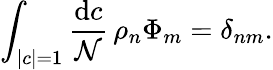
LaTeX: \int_{|c|=1}{\frac{\mathrm{d}c}{\mathcal{N}}}\, \rho_{n}\Phi_{m}=\delta_{nm}.